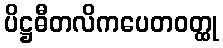
ပိဋ္ဌဓီတလိကပေတဝတ္ထု